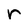
Character: r